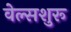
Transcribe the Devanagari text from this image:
वेल्सशुरू